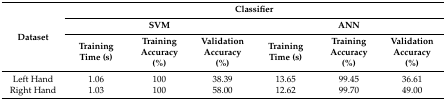
| <ROWSPAN=3> Dataset | <COLSPAN=6> Classifier |
 | <COLSPAN=3> SVM | <COLSPAN=3> ANN |
 | Training Time (s) | Training Accuracy (%) | Validation Accuracy (%) | Training Time (s) | Training Accuracy (%) | Validation Accuracy (%) |
 | --- | --- | --- | --- | --- | --- | --- |
 | Left Hand | 1.06 | 100 | 38.39 | 13.65 | 99.45 | 36.61 |
 | Right Hand | 1.03 | 100 | 58.00 | 12.62 | 99.70 | 49.00 |